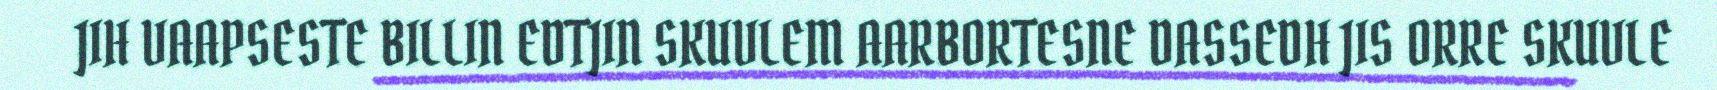
JIH VAAPSESTE BILLIN EDTJIN SKUVLEM AARBORTESNE DASSEDH JIS ORRE SKUVLE